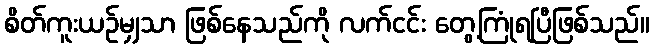
စိတ်ကူးယဉ်မျှသာ ဖြစ်နေသည်ကို လက်ငင်း တွေ့ကြုံရပြီဖြစ်သည်။